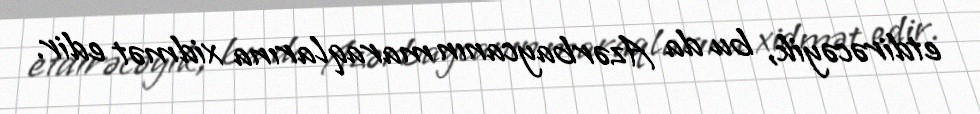
etdirəcəyik, bu da Azərbaycanın maraqlarına xidmət edir.